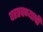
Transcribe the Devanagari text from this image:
परतवण्याची